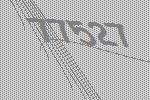
77527